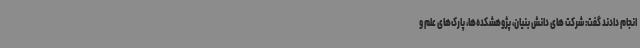
انجام دادند گفت: شرکت های دانش بنیان، پژوهشکده‌ها، پارک‌های علم و